Problem: 6 × 8 = ?
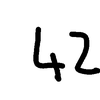
Handwritten answer: 42